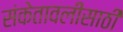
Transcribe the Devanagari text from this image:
संकेतावलीसाठी